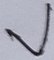
Text: V